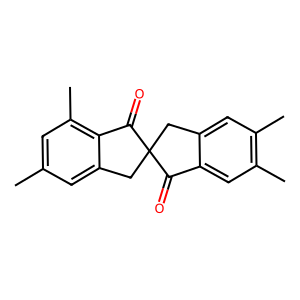
SMILES: Cc1cc(C)c2c(c1)CC1(Cc3cc(C)c(C)cc3C1=O)C2=O
Inhibits HIV replication: No